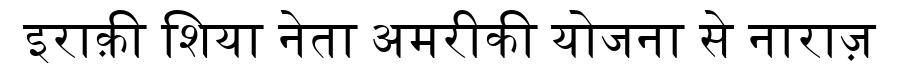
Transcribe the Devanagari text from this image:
इराक़ी शिया नेता अमरीकी योजना से नाराज़